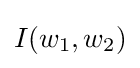
I(w_{1},w_{2})